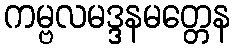
ကမ္ဗလမဒ္ဒနမတ္တေန